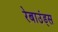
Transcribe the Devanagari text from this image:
रेबाउंड्स